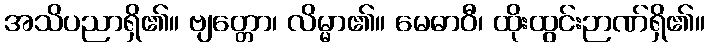
အသိပညာရှိ၏။ ဗျတ္တော၊ လိမ္မာ၏။ မေဓာဝီ၊ ထိုးထွင်းဉာဏ်ရှိ၏။